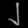
Digit: ၂